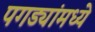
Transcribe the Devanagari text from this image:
पगड्यांमध्ये